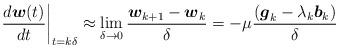
LaTeX: \begin{align*}\left.\frac{d\boldsymbol{w}(t)}{dt}\right|_{t=k\delta}\approx\lim_{\delta\rightarrow 0}\frac{\boldsymbol{w}_{k+1}-\boldsymbol{w}_k}{\delta}=-\mu\frac{(\boldsymbol{g}_k-\lambda_k\boldsymbol{b}_k)}{\delta}\end{align*}